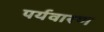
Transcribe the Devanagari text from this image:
पर्यवारण